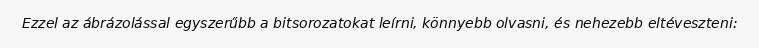
Ezzel az ábrázolással egyszerűbb a bitsorozatokat leírni, könnyebb olvasni, és nehezebb eltéveszteni: